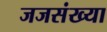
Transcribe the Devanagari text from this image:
जजसंख्या